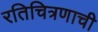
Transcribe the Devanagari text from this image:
रतिचित्रणाची